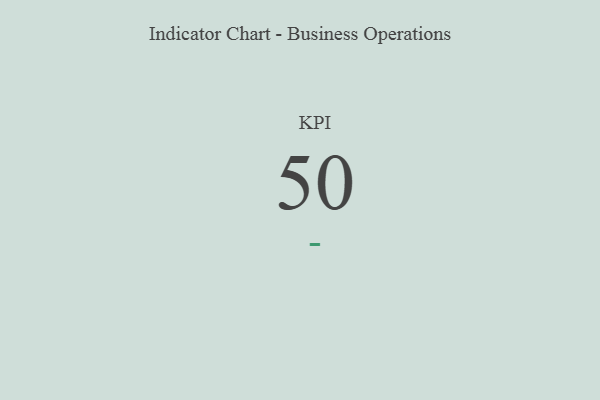
{"axis": {"x": "KPI", "y": "Value"}, "legend": [""], "data": [{"x": "KPI", "y": 50, "type": ""}]}